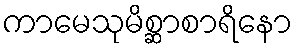
ကာမေသုမိစ္ဆာစာရိနော